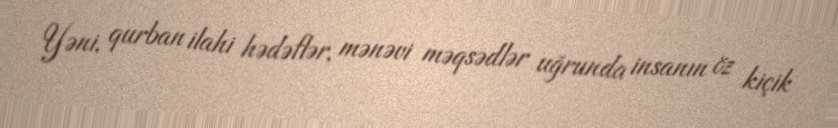
Yəni, qurban ilahi hədəflər, mənəvi məqsədlər uğrunda insanın öz kiçik